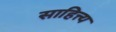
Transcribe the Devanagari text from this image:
साहित्त्य